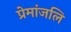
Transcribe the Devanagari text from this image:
प्रेमांजलि